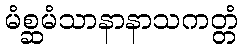
မံစ္ဆမံသာနာနာသကတ္တံ